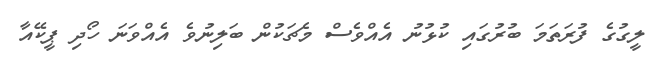
ލީގުގެ ފުރަތަމަ ބުރުގައި ކުޅުނު އެއްވެސް މެޗަކުން ބަލިނުވެ އެއްވަނަ ހޯދި ޕީކޭއާ